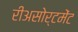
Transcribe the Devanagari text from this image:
रीअसोर्टमेंट